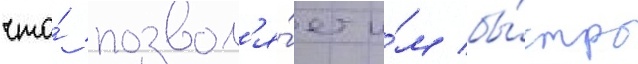
что́ позвол'я́ет и́м бы́стро